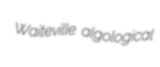
Waiteville algological